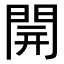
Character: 𨴂